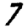
Digit: 7